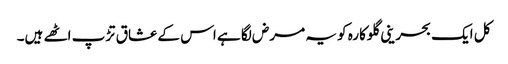
کل ایک بحرینی گلوکارہ کو یہ مرض لگا ہے اس کے عشاق تڑپ اٹھے ہیں۔